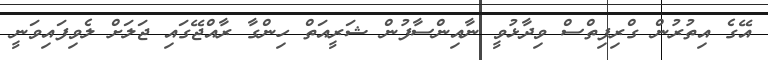
އޭގެ އިތުރުން ގްރިފިތްސް ވިދާޅުވީ ނާއިންސާފުން ޝަރީއަތް ހިންގާ ރާއްޖޭގައި ޖަލަށް ލެވިފައިވަނީ